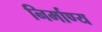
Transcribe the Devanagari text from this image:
निर्माण्य